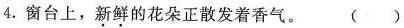
4.窗台上，\underset{·}{新}\underset{·}{鲜}的花朵正散发着香气。( )